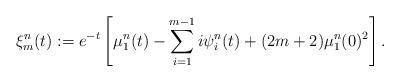
LaTeX: \begin{align*}\xi^{n}_m(t):=e^{-t} \left[\mu^{n}_1(t)-\sum_{i=1}^{m-1} i\psi^{n}_i(t) +(2m+2)\mu^{n}_1(0)^2\right].\end{align*}